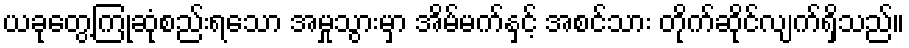
ယခုတွေ့ကြုံဆုံစည်းရသော အမှုသွားမှာ အိမ်မက်နှင့် အစင်သား တိုက်ဆိုင်လျက်ရှိသည်။